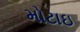
મોટાઇ